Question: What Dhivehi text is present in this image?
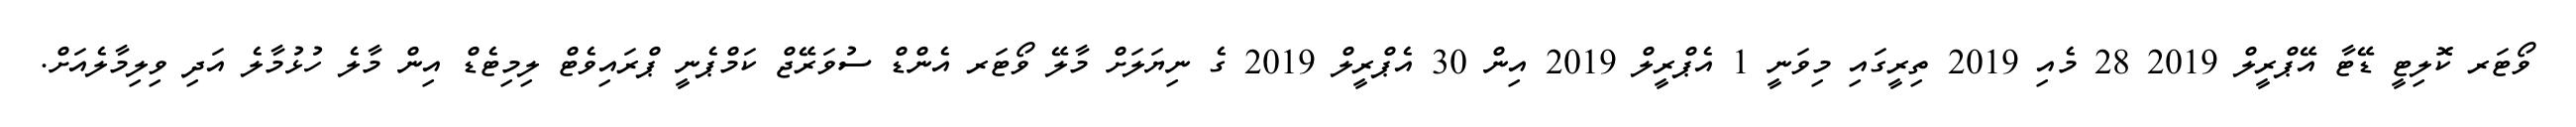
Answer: ވޯޓަރ ކޮލިޓީ ޑޭޓާ އޭޕްރީލް 2019 28 މެއި 2019 ތިރީގައި މިވަނީ 1 އެޕްރީލް 2019 އިން 30 އެޕްރީލް 2019 ގެ ނިޔަލަށް މާލޭ ވޯޓަރ އެންޑް ސުވަރޭޖް ކަމްޕެނީ ޕްރައިވެޓް ލިމިޓެޑް އިން މާލެ ހުޅުމާލެ އަދި ވިލިމާލެއަށް.